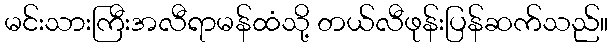
မင်းသားကြီးအလီရာမန်ထံသို့ တယ်လီဖုန်းပြန်ဆက်သည်။